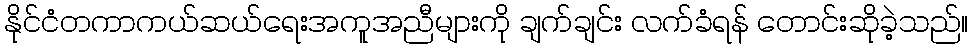
နိုင်ငံတကာကယ်ဆယ်ရေးအကူအညီများကို ချက်ချင်း လက်ခံရန် တောင်းဆိုခဲ့သည်။